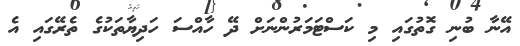
އޭނާ ބުނި ގޮތުގައި މި ކަސްޓަމަރުންނަށް ދޭ ހާއްސަ ހަދިޔާތަކުގެ ތެރޭގައި އެ